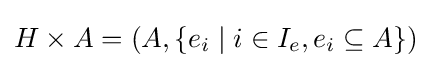
H\times A=\left(A,\lbrace e_{i}\mid i\in I_{e},e_{i}\subseteq A\rbrace \right)